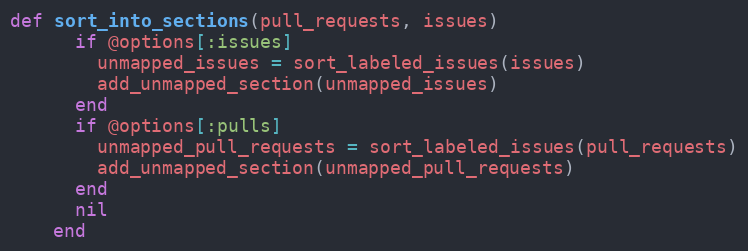
Language: Ruby
def sort_into_sections(pull_requests, issues)
      if @options[:issues]
        unmapped_issues = sort_labeled_issues(issues)
        add_unmapped_section(unmapped_issues)
      end
      if @options[:pulls]
        unmapped_pull_requests = sort_labeled_issues(pull_requests)
        add_unmapped_section(unmapped_pull_requests)
      end
      nil
    end